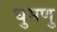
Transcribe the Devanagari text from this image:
घुमणु